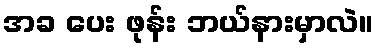
အခ ပေး ဖုန်း ဘယ်နားမှာလဲ။